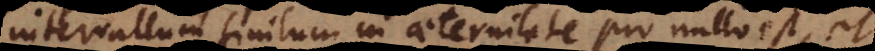
intervallum finitum in aeternitate pro nullo est, et